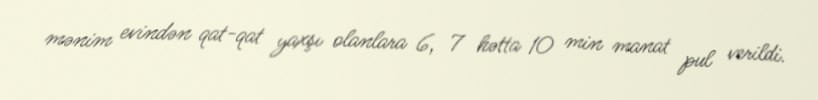
mənim evindən qat-qat yaxşı olanlara 6, 7 hətta 10 min manat pul verildi.